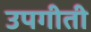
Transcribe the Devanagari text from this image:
उपगीती